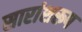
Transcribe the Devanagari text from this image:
सारांशरूप